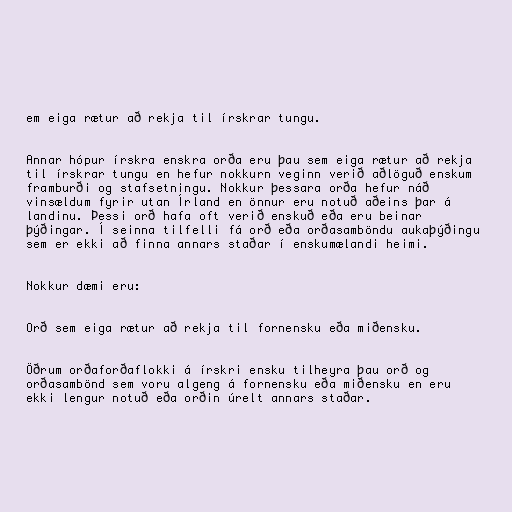
em eiga rætur að rekja til írskrar tungu.

Annar hópur írskra enskra orða eru þau sem eiga rætur að rekja
til írskrar tungu en hefur nokkurn veginn verið aðlöguð enskum
framburði og stafsetningu. Nokkur þessara orða hefur náð
vinsældum fyrir utan Írland en önnur eru notuð aðeins þar á
landinu. Þessi orð hafa oft verið enskuð eða eru beinar
þýðingar. Í seinna tilfelli fá orð eða orðasamböndu aukaþýðingu
sem er ekki að finna annars staðar í enskumælandi heimi.

Nokkur dæmi eru:

Orð sem eiga rætur að rekja til fornensku eða miðensku.

Öðrum orðaforðaflokki á írskri ensku tilheyra þau orð og
orðasambönd sem voru algeng á fornensku eða miðensku en eru
ekki lengur notuð eða orðin úrelt annars staðar.